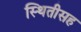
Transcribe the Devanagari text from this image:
स्थितीसह